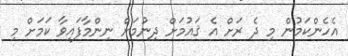
އެހެންކަމުން މި ދެ ރަށް އެ ޤައުމަށް ދިނުމަށް ނިންމާފައިވާ ކަމަށް މި